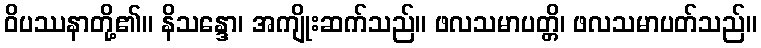
ဝိပဿနာတို့၏။ နိသန္ဒော၊ အကျိုးဆက်သည်။ ဖလသမာပတ္တိ၊ ဖလသမာပတ်သည်။